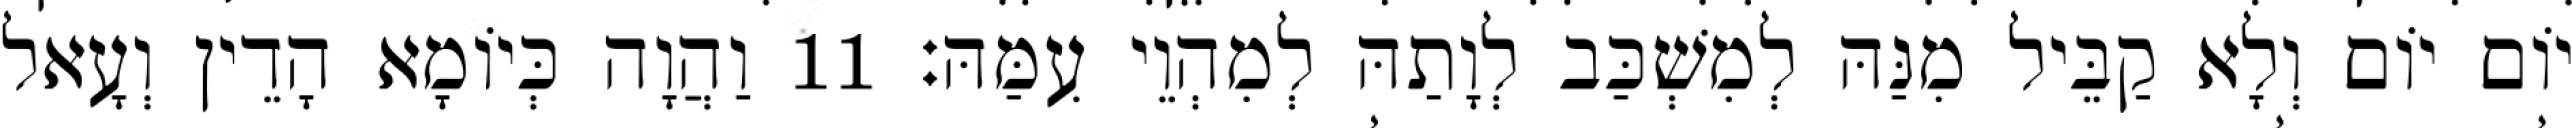
יוֹם יוֹם וְלָא קַבֵּיל מִנַּהּ לְמִשְׁכַּב לְוָתַהּ לְמִהְוֵי עִמַּהּ׃ 11 וַהֲוָה כְּיוֹמָא הָדֵין וְעָאל